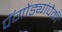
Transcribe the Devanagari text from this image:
पॅगोड्यांपैकी